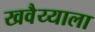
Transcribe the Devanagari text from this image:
खवैय्याला